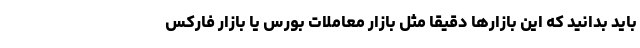
باید بدانید که این بازارها دقیقا مثل بازار معاملات بورس یا بازار فارکس